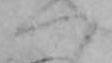
つ